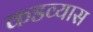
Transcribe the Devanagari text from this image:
कडव्यास